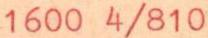
1600 4/810